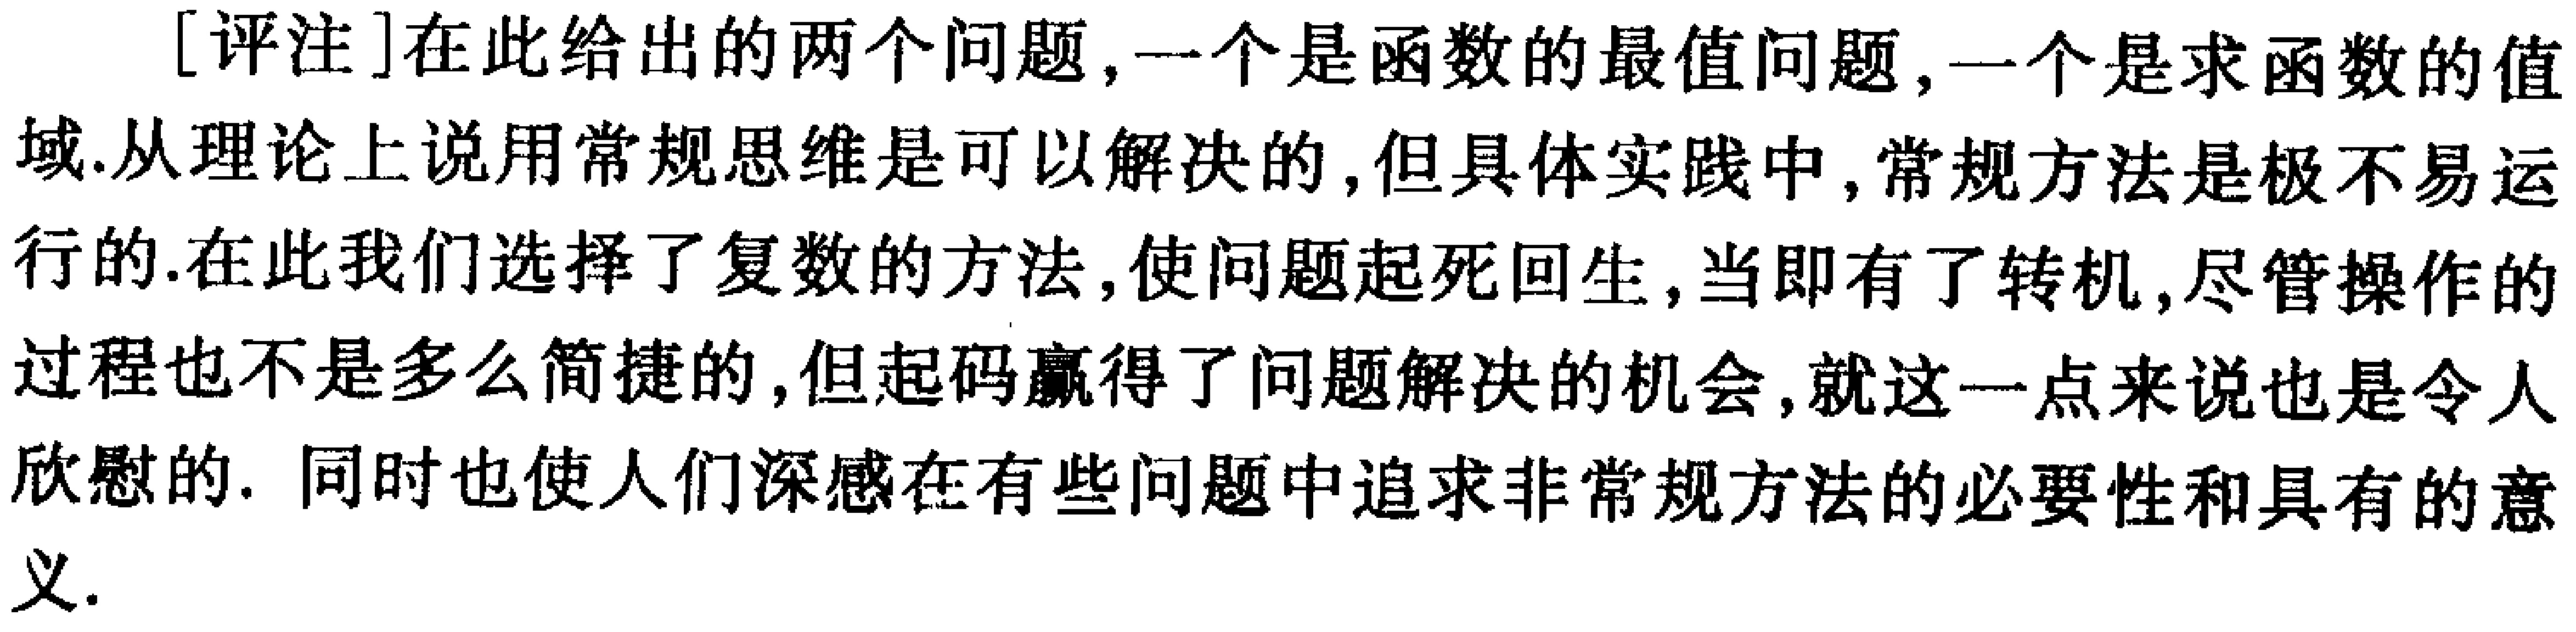
[评注]在此给出的两个问题,一个是函数的最值问题,一个是求函数的值域.从理论上说用常规思维是可以解决的,但具体实践中,常规方法是极不易运行的.在此我们选择了复数的方法,使问题起死回生,当即有了转机,尽管操作的过程也不是多么简捷的,但起码赢得了问题解决的机会,就这一点来说也是令人欣慰的. 同时也使人们深感在有些问题中追求非常规方法的必要性和具有的意义.